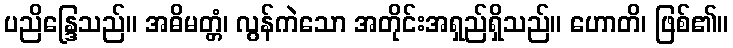
ပညိန္ဒြေသည်။ အဓိမတ္တံ၊ လွန်ကဲသော အတိုင်းအရှည်ရှိသည်။ ဟောတိ၊ ဖြစ်၏။